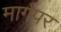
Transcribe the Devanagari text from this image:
मार्गपर